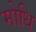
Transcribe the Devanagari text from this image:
मोधि